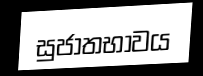
සුජාතභාවය